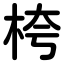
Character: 桍